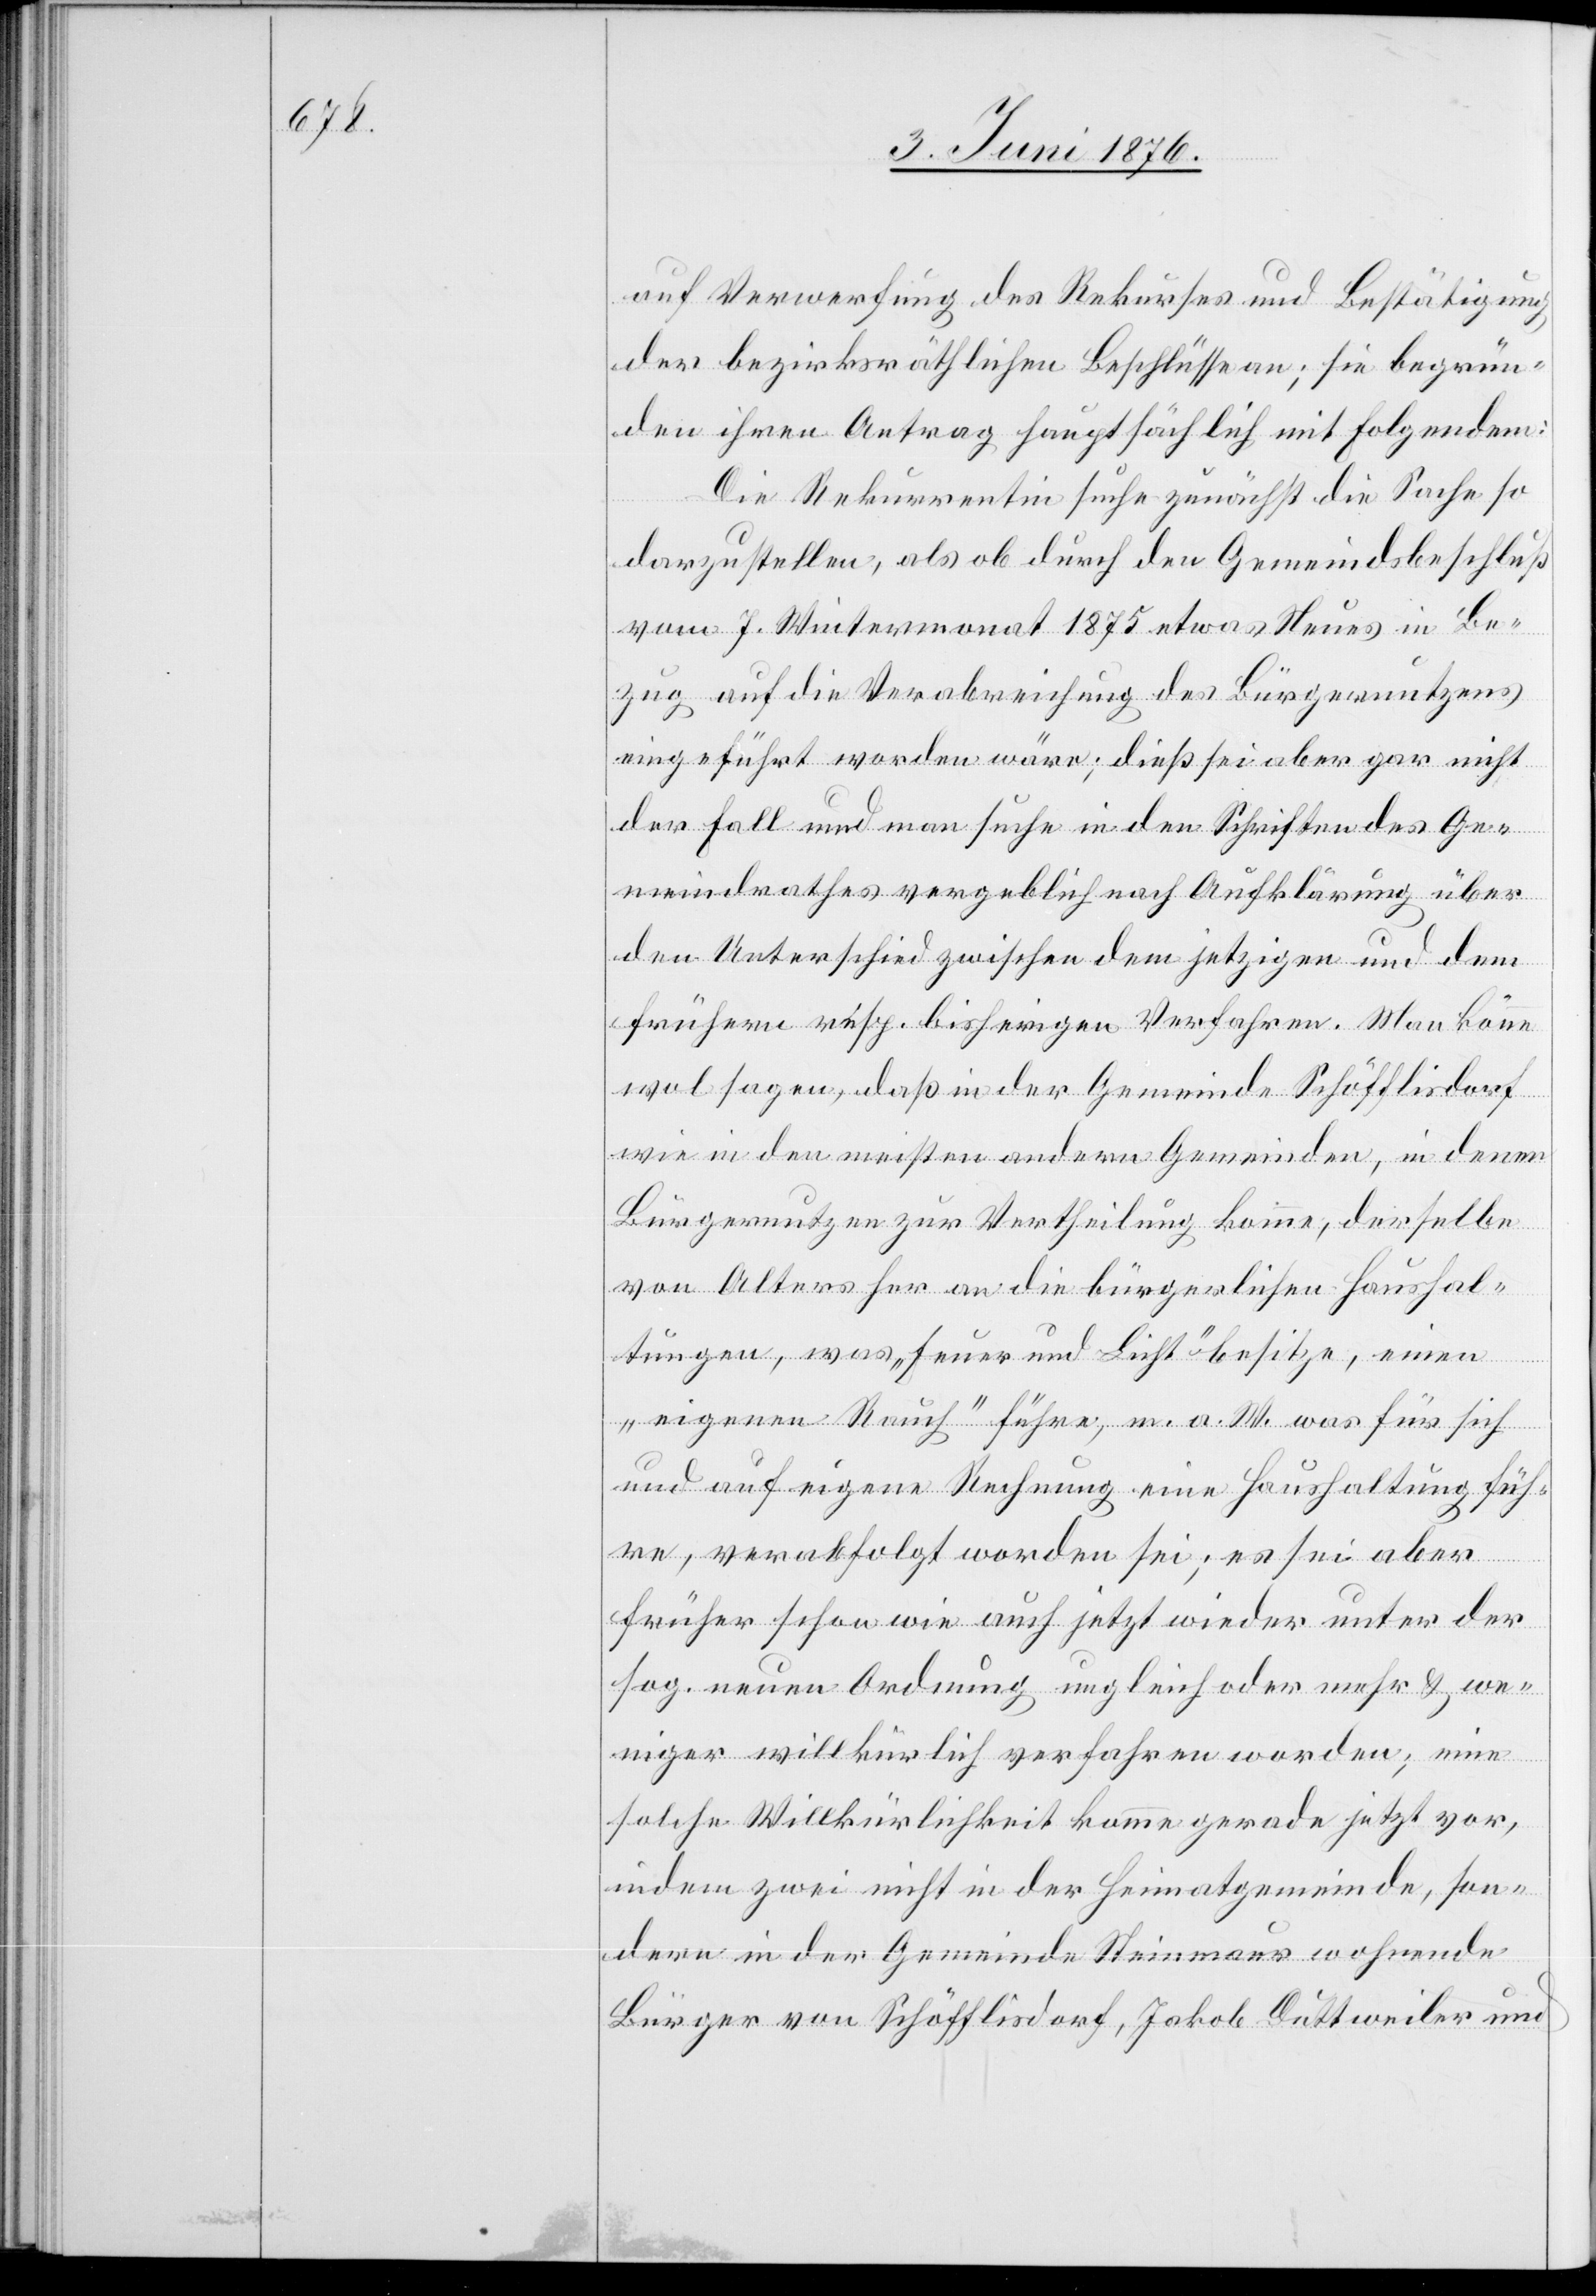
auf Verwerfung des Rekurses und Bestätigung
der bezirksräthlichen Beschlüsse an; sie begrün¬
den ihren Antrag hauptsächlich mit Folgendem:
Die Rekurrentin suche zunächst die Sache so
darzustellen, als ob durch den Gemeindsbeschluß
vom 7. Wintermonat 1875 etwas Neues in Be¬
zug auf die Verabreichung des Bürgernutzens
eingeführt worden wäre; dies sei aber gar nicht
der Fall und man suche in den Schriften des Ge¬
meindrathes vergeblich nach Aufklärung über
den Unterschied zwischen dem jetzigen und dem
frühern resp. bisherigen Verfahren. Man könne
wol sagen, daß in der Gemeinde Schöfflisdorf
wie in den meisten andern Gemeinden, in denen
Bürgernutzen zur Vertheilung komme, derselbe
von Alters her an die bürgerlichen Haushal¬
tungen, was „Feuer und Licht“ besitze, einen
„eigenen Rauch“ führe, m. a. W, was für sich
und auf eigene Rechnung eine Haushaltung füh¬
re, verabfolgt worden sei; es sei aber
früher schon wie auch jetzt wieder unter der
sog. neuen Ordnung ungleich oder mehr & we¬
niger willkürlich verfahren worden; eine
solche Willkürlichkeit komme gerade jetzt vor,
indem zwei nicht in der Heimatgemeinde, son¬
dern in der Gemeinde Steinmaur wohnende
Bürger von Schöfflisdorf, Jakob Dittweiler und